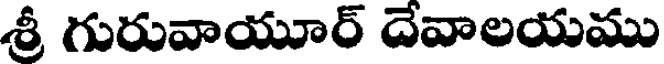
శ్రీ గురువాయూర్ దేవాలయము